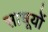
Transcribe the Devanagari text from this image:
साधूयों